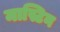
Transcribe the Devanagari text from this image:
मास्टिन